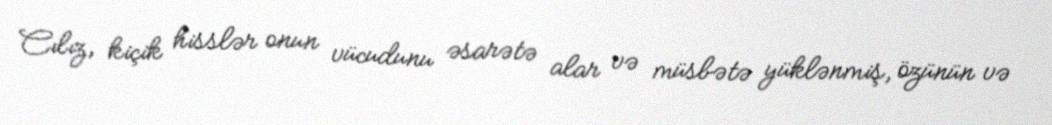
Cılız, kiçik hisslər onun vücudunu əsarətə alar və müsbətə yüklənmiş, özünün və